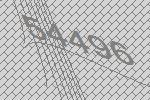
54496